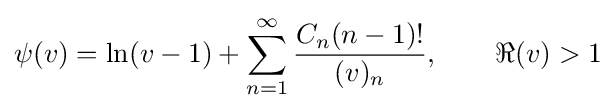
\psi (v)=\ln(v-1)+\sum _{n=1}^{\infty }{\frac {C_{n}(n-1)!}{(v)_{n}}},\qquad \Re (v)>1